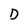
Character: D